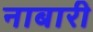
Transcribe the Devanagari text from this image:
नाबारी